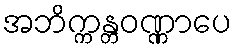
အဘိက္ကန္တဝဏ္ဏာပေ